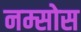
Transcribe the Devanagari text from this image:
नम्सोस